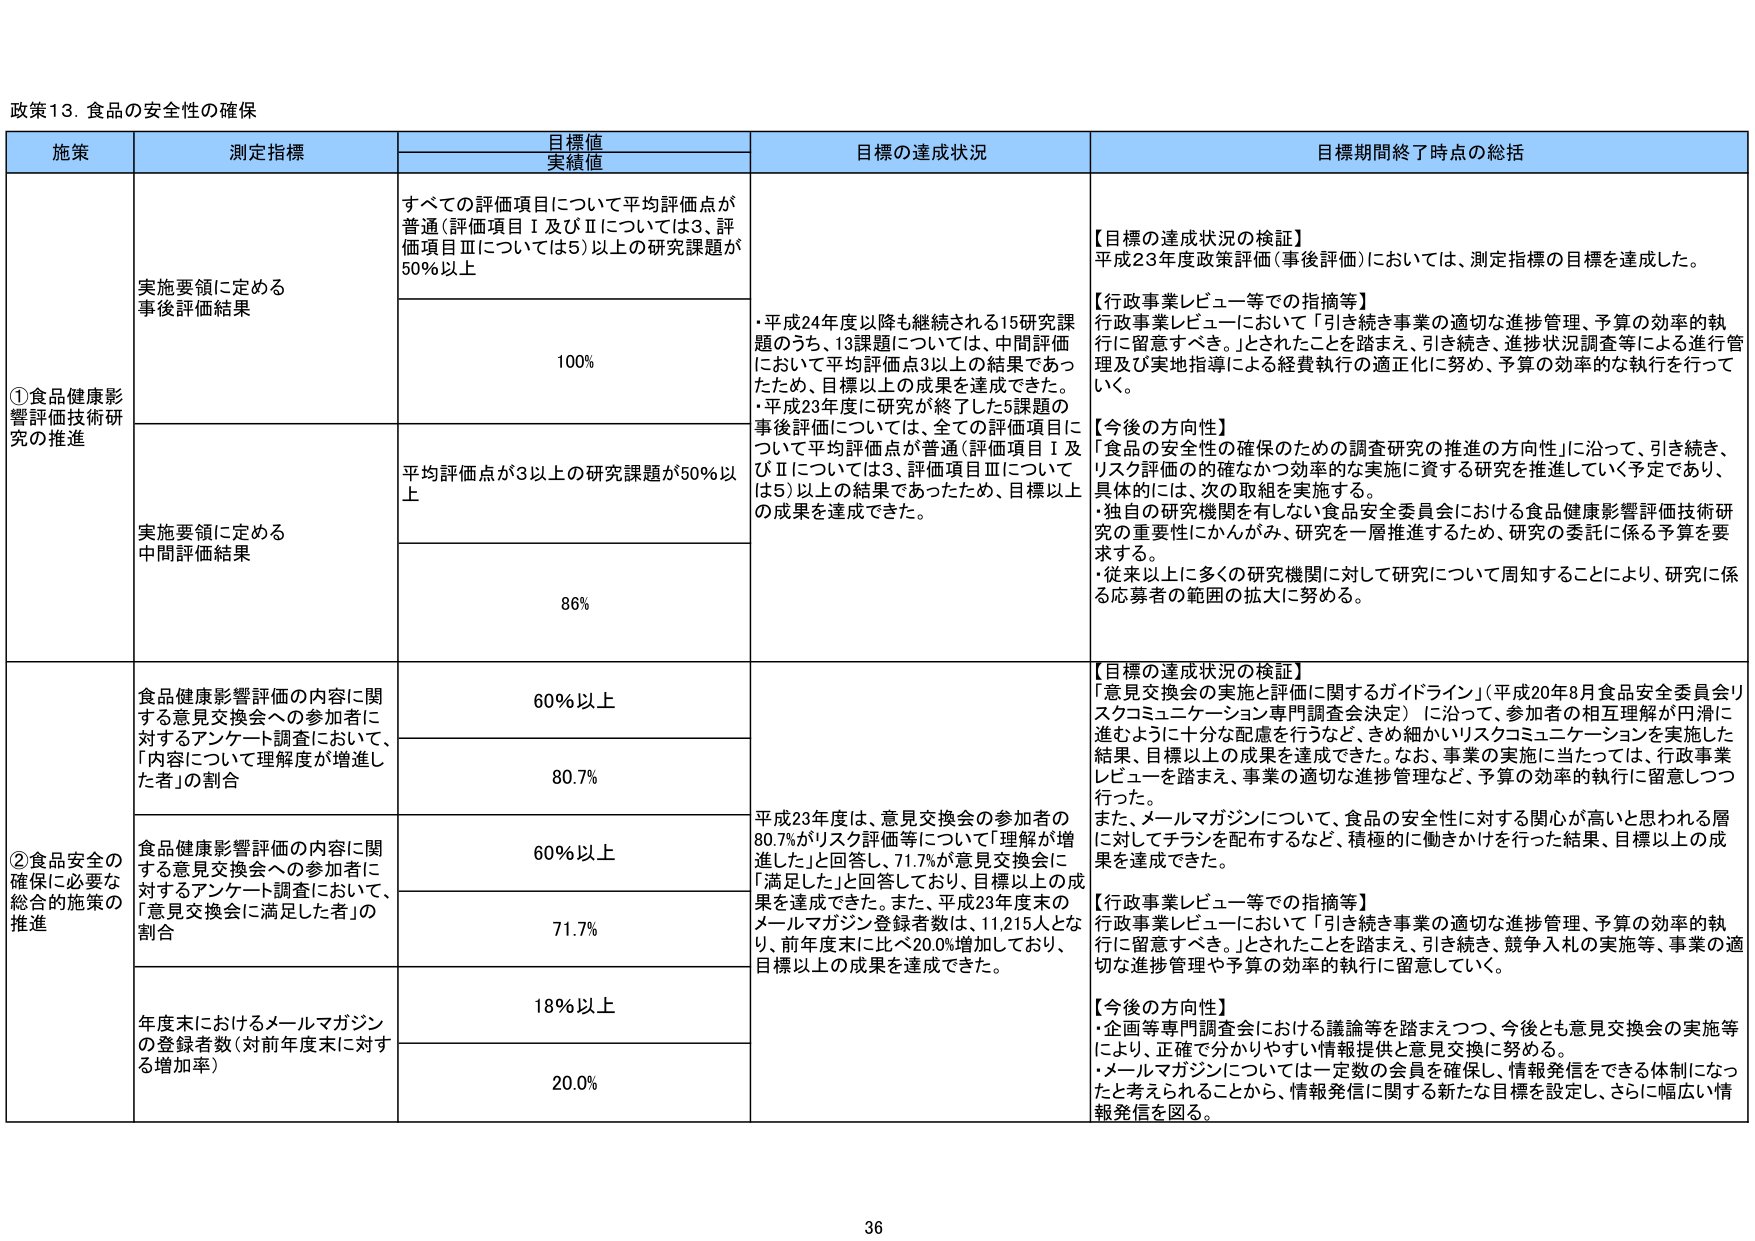
政策13. 食品の安全性の確保

施策	測定指標	目標値
実績値	目標の達成状況	目標期間終了時点の総括

①食品健康影響評価技術研究の推進	実施要領に定める事後評価結果	すべての評価項目について平均評価点が普通（評価項目Ⅰ及びⅡについては3、評価項目Ⅲについては5）以上の研究課題が50％以上	・平成24年度以降も継続される15研究課題のうち、13課題については、中間評価において平均評価点3以上の結果であったため、目標以上の成果を達成できた。
・平成23年度に研究が終了した5課題の事後評価については、全ての評価項目について平均評価点が普通（評価項目Ⅰ及びⅡについては3、評価項目Ⅲについては5）以上の結果であったため、目標以上の成果を達成できた。	【目標の達成状況の検証】
平成23年度政策評価（事後評価）においては、測定指標の目標を達成した。
【行政事業レビュー等での指摘等】
行政事業レビューにおいて「引き続き事業の適切な進捗管理、予算の効率的執行に留意すべき。」とされたことを踏まえ、引き続き、進捗状況調査等による進行管理及び実地指導による経費執行の適正化に努め、予算の効率的な執行を行っていく。
【今後の方針】
「食品の安全性の確保のための調査研究の推進の方向性」に沿って、引き続き、リスク評価の的確なかつ効率的な実施に資する研究を推進していく予定であり、具体的には、次の取組を実施する。
・独自の研究機関を有しない食品安全委員会における食品健康影響評価技術研究の重要性にかんがみ、研究を一層推進するため、研究の委託に係る予算を要求する。
・従来以上に多くの研究機関に対して研究について周知することにより、研究に係る応募者の範囲の拡大に努める。

		100%

	実施要領に定める中間評価結果	平均評価点が3以上の研究課題が50％以上		86%

②食品安全の確保に必要な総合的施策の推進	食品健康影響評価の内容に関する意見交換会への参加者に対するアンケート調査において、「内容について理解度が増進した者」の割合	60％以上	平成23年度は、意見交換会の参加者の80.7％がリスク評価等について「理解が増進した」と回答し、71.7％が意見交換会に「満足した」と回答しており、目標以上の成果を達成できた。また、平成23年度末のメールマガジン登録者数は、11,215人となり、前年度末に比べ20.0％増加しており、目標以上の成果を達成できた。	【目標の達成状況の検証】
「意見交換会の実施と評価に関するガイドライン」（平成20年8月食品安全委員会リスクコミュニケーション専門調査会決定）に沿って、参加者の相互理解が円滑に進むよう十分な配慮を行うなど、きめ細かいリスクコミュニケーションを実施した結果、目標以上の成果を達成できた。なお、事業の実施に当たっては、行政事業レビューを踏まえ、事業の適切な進捗管理など、予算の効率的執行に留意しつつ行った。
また、メールマガジンについて、食品の安全性に対する関心が高いと思われる層に対してチラシを配布するなど、積極的に働きかけを行った結果、目標以上の成果を達成できた。
【行政事業レビュー等での指摘等】
行政事業レビューにおいて「引き続き事業の適切な進捗管理、予算の効率的執行に留意すべき。」とされたことを踏まえ、引き続き、競争入札の実施等、事業の適切な進捗管理や予算の効率的執行に留意していく。
【今後の方針】
・企画等専門調査会における議論等を踏まえつつ、今後とも意見交換会の実施等により、正確で分かりやすい情報提供と意見交換に努める。
・メールマガジンについては一定数の会員を確保し、情報発信をできる体制になったと考えられることから、情報発信に関する新たな目標を設定し、さらに幅広い情報発信を図る。

		80.7%

	食品健康影響評価の内容に関する意見交換会への参加者に対するアンケート調査において、「意見交換会に満足した者」の割合	60％以上		71.7%

	年度末におけるメールマガジンの登録者数（対前年度末に対する増加率）	18％以上		20.0%

36